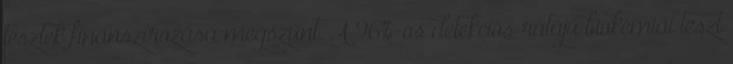
tesztek finanszírozása megszűnt. A 96%-os detekciós rátájú biokémiai teszt